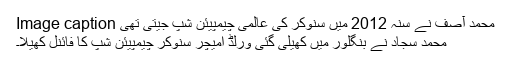
Image caption محمد آصف نے سنہ 2012 میں سنوکر کی عالمی چیمپیئن شپ جیتی تھی
محمد سجاد نے بنگلور میں کھیلی گئی ورلڈ امیچر سنوکر چیمپیئن شپ کا فائنل کھیلا۔